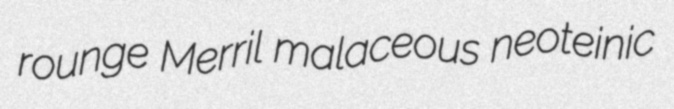
rounge Merril malaceous neoteinic